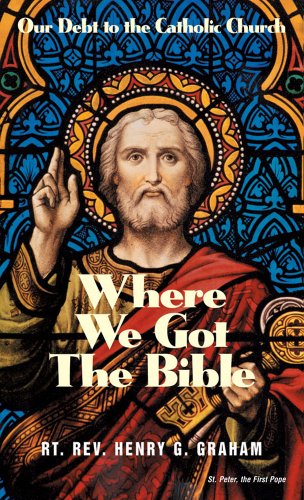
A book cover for Where We Got the Bible... Our Debt to the Catholic Church; Henry G. Graham; Christian Books & Bibles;